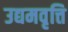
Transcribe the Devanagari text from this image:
उद्यमवृत्ति